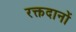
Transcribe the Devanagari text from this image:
रक्तदानों